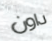
داون